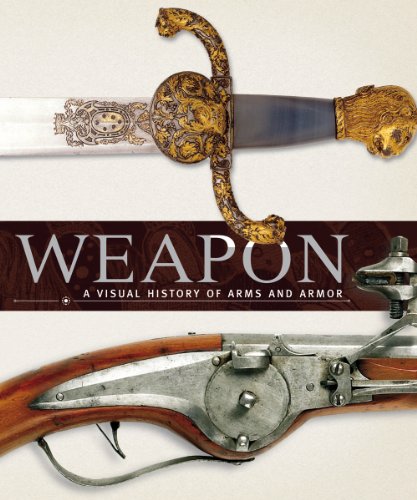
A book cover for Weapon: A Visual History of Arms and Armor; History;